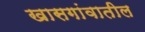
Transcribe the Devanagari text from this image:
खासगांवातील